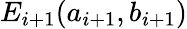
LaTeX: E_{i+1}(a_{i+1},b_{i+1})